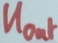
Text: UOut